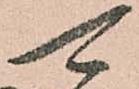
可